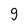
Character: 9